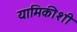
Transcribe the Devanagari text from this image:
यामिकीशी